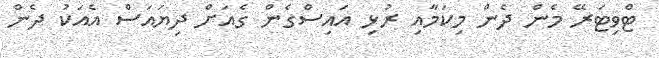
ޓްވިޓަރޭ މެން ދެން މިކަމާއި ރުޅި އައިސްގެން ގެއަށް ދިޔައަސް އެއަކު ދެން